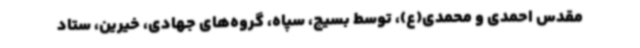
مقدس احمدی و محمدی(ع)، توسط بسیج، سپاه، گروه‌های جهادی، خیرین، ستاد